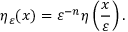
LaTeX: \eta _ { \varepsilon } ( x ) = \varepsilon ^ { - n } \eta \left( { \frac { x } { \varepsilon } } \right) .